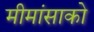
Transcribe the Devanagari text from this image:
मीमांसाकाे